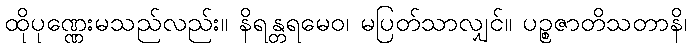
ထိုပုဏ္ဏေးမသည်လည်း။ နိရန္တရမေဝ၊ မပြတ်သာလျှင်။ ပဉ္စဇာတိသတာနိ၊